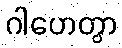
ဂါဟေတွာ